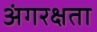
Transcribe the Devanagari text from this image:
अंगरक्षता